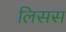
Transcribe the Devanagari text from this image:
लिसस